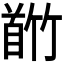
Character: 𬳕